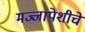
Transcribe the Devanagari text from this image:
मज्जापेशीचे